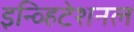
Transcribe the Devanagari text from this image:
इन्व्हिटेशनल